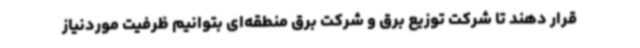
قرار دهند تا شرکت توزیع برق و شرکت برق منطقه‌ای بتوانیم ظرفیت موردنیاز